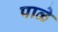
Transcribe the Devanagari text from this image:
पाळे